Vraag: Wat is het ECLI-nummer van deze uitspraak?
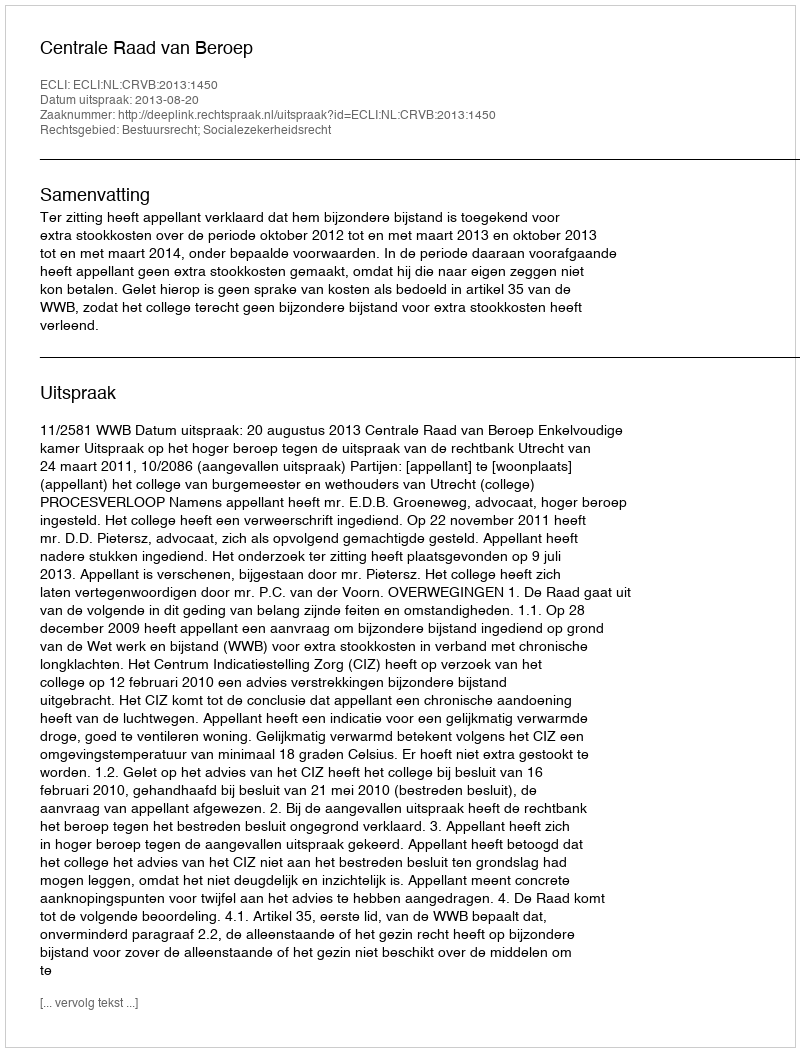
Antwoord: ECLI:NL:CRVB:2013:1450